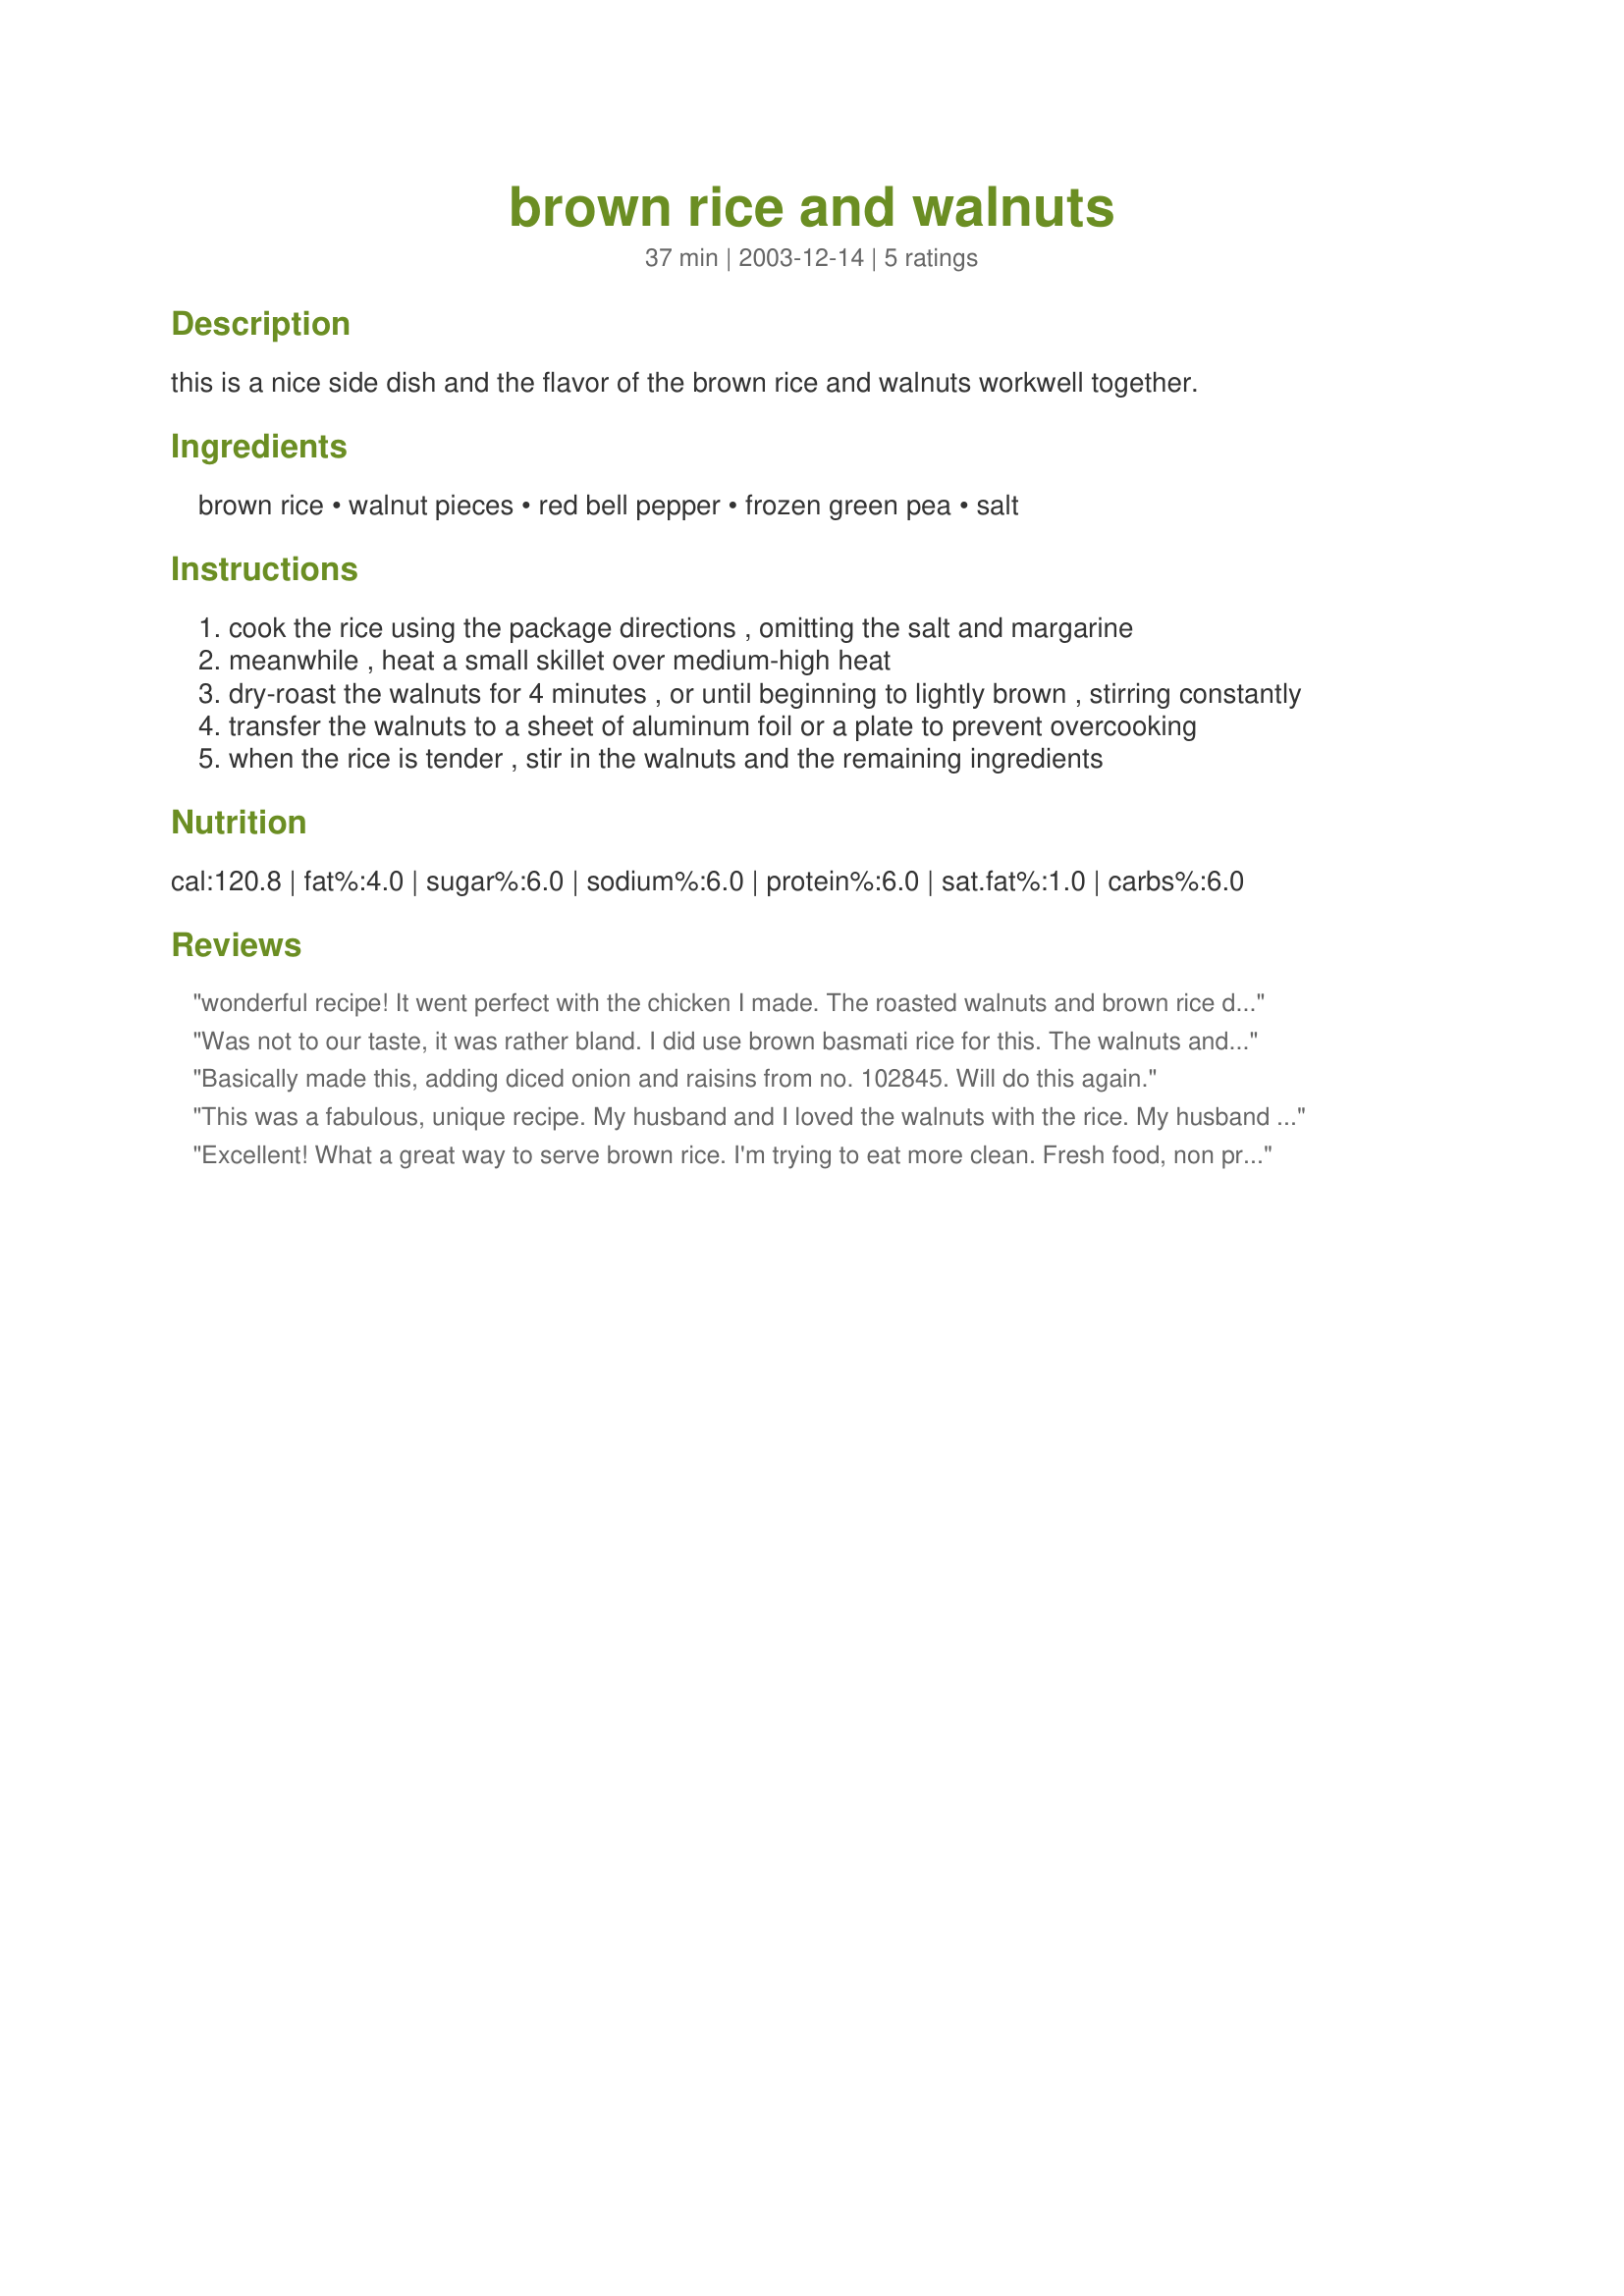
brown rice and walnuts
Preparation time: 37 minutes

this is a nice side dish and the flavor of the brown rice and walnuts workwell together.

Ingredients:
brown rice, walnut pieces, red bell pepper, frozen green pea, salt

Steps:
cook the rice using the package directions , omitting the salt and margarine
meanwhile , heat a small skillet over medium-high heat
dry-roast the walnuts for 4 minutes , or until beginning to lightly brown , stirring constantly
transfer the walnuts to a sheet of aluminum foil or a plate to prevent overcooking
when the rice is tender , stir in the walnuts and the remaining ingredients

Reviews:
wonderful recipe! It went perfect with the chicken I made. The roasted walnuts and brown rice do compliment each other perfectly.
Was not to our taste, it was rather bland. I did use brown basmati rice for this. The walnuts and brown rice do go together but I won't make this one again.
Basically made this, adding diced onion and raisins from no. 102845. Will do this again.
This was a fabulous, unique recipe. My husband and I loved the walnuts with the rice. My husband didn't even mind the peas as the flavour of the walnuts overshadowed them. We served this dish with fish and the combo was great.
Excellent! What a great way to serve brown rice. I'm trying to eat more clean. Fresh food, non processed etc, etc. NO WHITE RICE! I really don't care for brown rice..... When I came across this recipe I thought "What the hey" give it a try. I'm so glad I did. The flavors blended very well together. The added crunch of the walnuts, peas and red peppers really made it special. It also looked wonderful plated. Thanks so much for posting. I plan to make this dish over and over again. Almost forgot, DH loved it!
